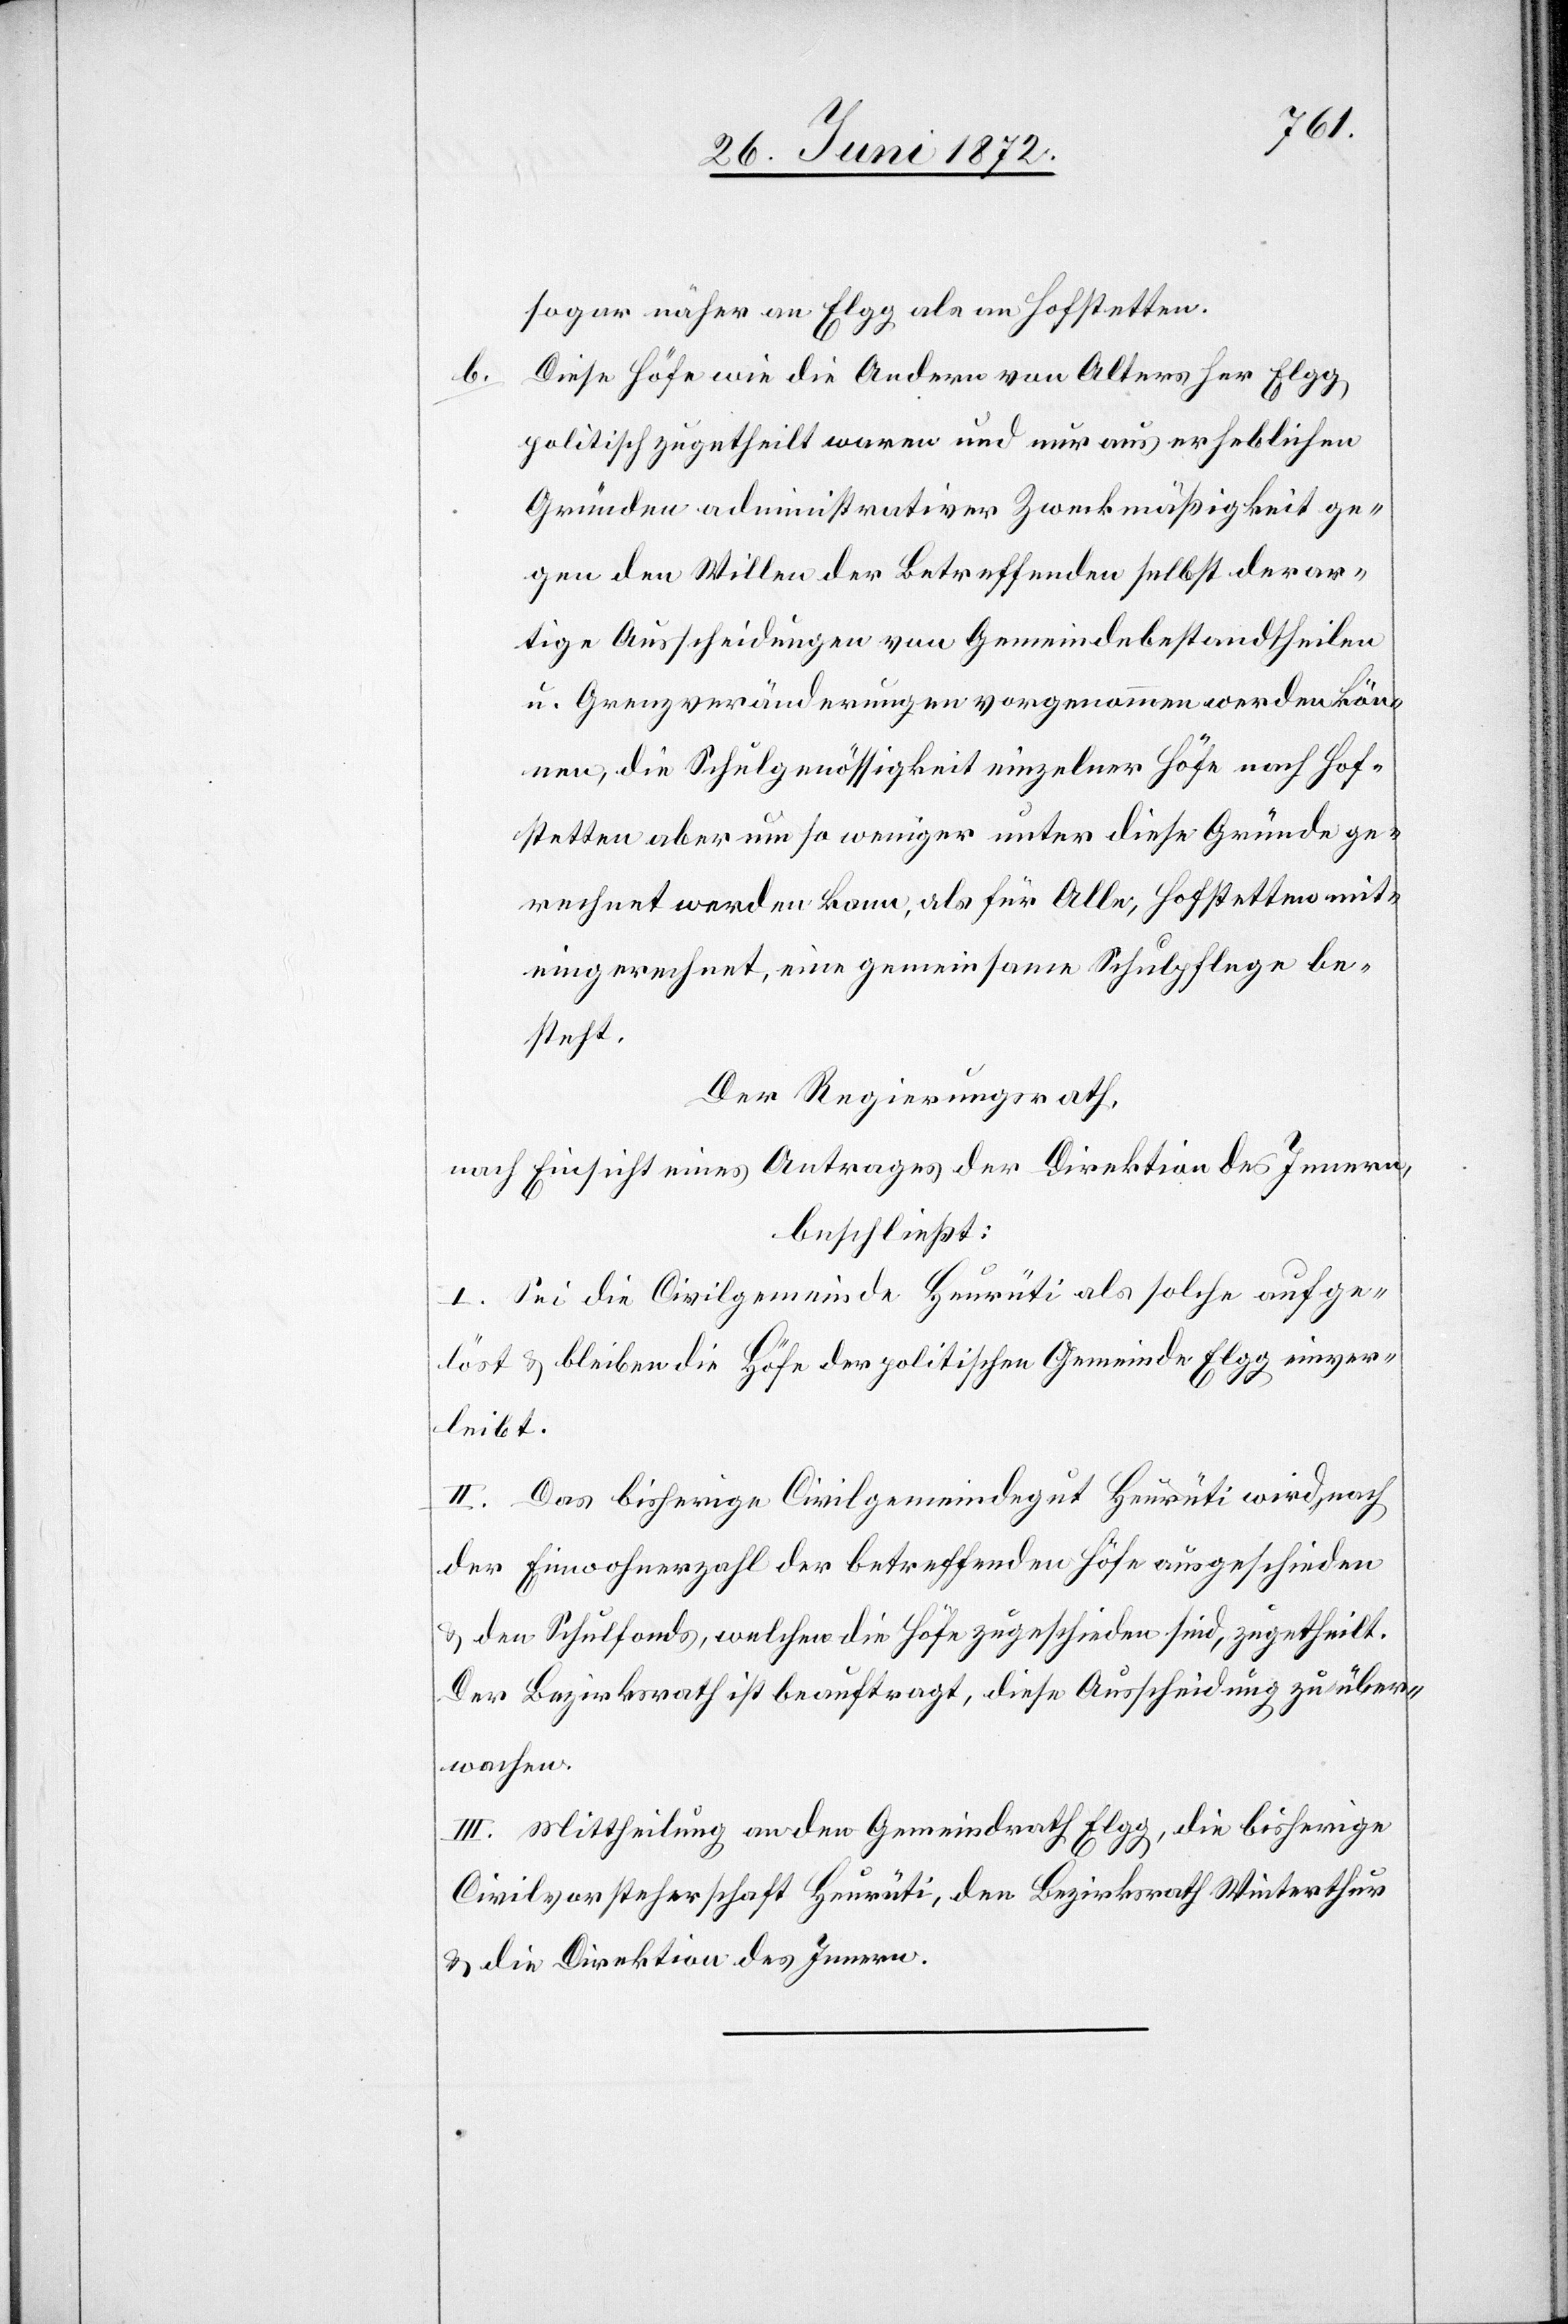
b.

sogar näher an Elgg als an Hofstetten.
Diese Höfe wie die Andern von Alters her Elgg
politisch zugetheilt waren und nur aus erheblichen
Gründen administrativer Zweckmäßigkeit ge¬
gen den Willen der Betreffenden selbst derar¬
tige Ausscheidungen von Gemeindebestandtheilen
u. Grenzveränderungen vorgenommen werden kön¬
nen, die Schulgenössigkeit einzelner Höfe nach Hof¬
stetten aber um so weniger unter diese Gründe ge¬
rechnet werden kann, als für Alle, Hofstetten mit¬
eingerechnet, eine gemeinsame Schulpflege be¬
steht.
Der Regierungsrath,
nach Einsicht eines Antrages der Direktion des Innern,
beschließt:
I. Sei die Civilgemeinde Heurüti als solche aufge¬
löst u. bleiben die Höfe der politischen Gemeinde Elgg einver¬
leibt.
II. Das bisherige Civilgemeindegut Heurüti wird, nach
der Einwohnerzahl der betreffenden Höfe ausgeschieden
u. den Schulfonds, welchen die Höfe zugeschieden sind, zugetheilt.
Der Bezirksrath ist beauftragt, diese Ausscheidung zu über¬
wachen.
III. Mittheilung an den Gemeindrath Elgg, die bisherige
Civilvorsteherschaft Heurüti, den Bezirksrath Winterthur
u. die Direktion des Innern.